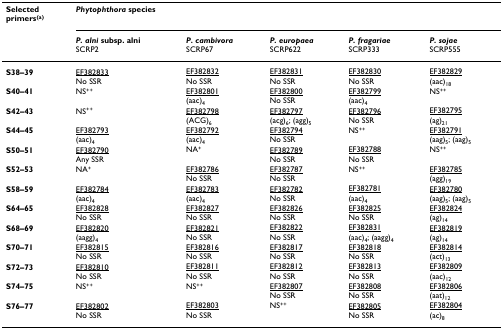
| Selectedprimers(a) | <COLSPAN=5> Phytophthora species |
 |  | P. alni subsp. alniSCRP2 | P. cambivoraSCRP67 | P. europaeaSCRP622 | P. fragariaeSCRP333 | P. sojaeSCRP555 |
 | --- | --- | --- | --- | --- | --- |
 | S38–39 | EF382833No SSR | EF382832No SSR | EF382831No SSR | EF382830No SSR | EF382829(aac)18 |
 | S40–41 | NS++ | EF382801(aac)4 | EF382800No SSR | EF382799(aac)4 | NS++ |
 | S42–43 | NS++ | EF382798(ACG)6 | EF382797(acg)6; (agg)5 | EF382796No SSR | EF382795(ag)21 |
 | S44–45 | EF382793(aac)4 | EF382792(aac)4 | EF382794No SSR | NS++ | EF382791(aag)5; (aag)5 |
 | S50–51 | EF382790Any SSR | NA+ | EF382789No SSR | EF382788No SSR | NS++ |
 | S52–53 | NA+ | EF382786No SSR | EF382787No SSR | NS++ | EF382785(agg)19 |
 | S58–59 | EF382784(aac)4 | EF382783(aac)4 | EF382782No SSR | EF382781(aac)4 | EF382780(aag)5; (aag)5 |
 | S64–65 | EF382828No SSR | EF382827No SSR | EF382826No SSR | EF382825No SSR | EF382824(ag)14 |
 | S68–69 | EF382820(aagg)4 | EF382821No SSR | EF382822No SSR | EF382831(aac)4; (aagg)4 | EF382819(ag)14 |
 | S70–71 | EF382815No SSR | EF382816No SSR | EF382817No SSR | EF382818No SSR | EF382814(act)13 |
 | S72–73 | EF382810No SSR | EF382811No SSR | EF382812No SSR | EF382813No SSR | EF382809(aac)12 |
 | S74–75 | NS++ | NS++ | EF382807No SSR | EF382808No SSR | EF382806(aat)12 |
 | S76–77 | EF382802No SSR | EF382803No SSR | NS++ | EF382805No SSR | EF382804(ac)8 |